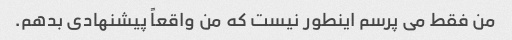
من فقط می پرسم اینطور نیست که من واقعاً پیشنهادی بدهم.